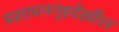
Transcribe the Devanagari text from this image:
प्रसाधनगृहदेखील